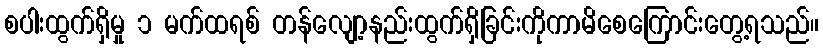
စပါးထွက်ရှိမှု ၁ မက်ထရစ် တန်လျော့နည်းထွက်ရှိခြင်းကိုကာမိစေကြောင်းတွေ့ရသည်။